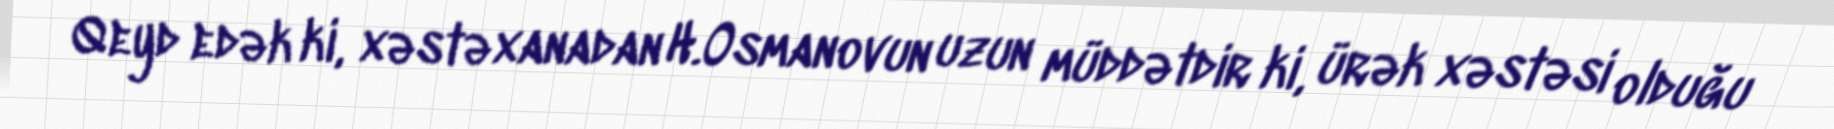
Qeyd edək ki, xəstəxanadan H.Osmanovun uzun müddətdir ki, ürək xəstəsi olduğu